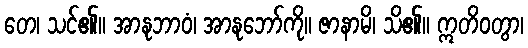
တေ၊ သင်၏။ အာနုဘာဝံ၊ အာနုဘော်ကို။ ဇာနာမိ၊ သိ၏။ ဣတိဝတွာ၊